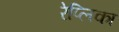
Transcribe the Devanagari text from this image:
रेप्लिका